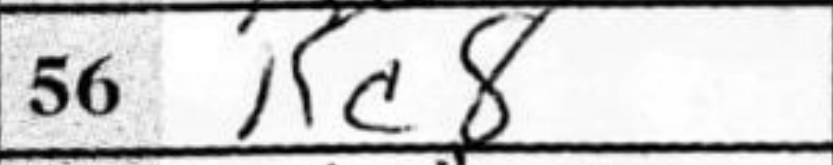
Transcription: Kc8